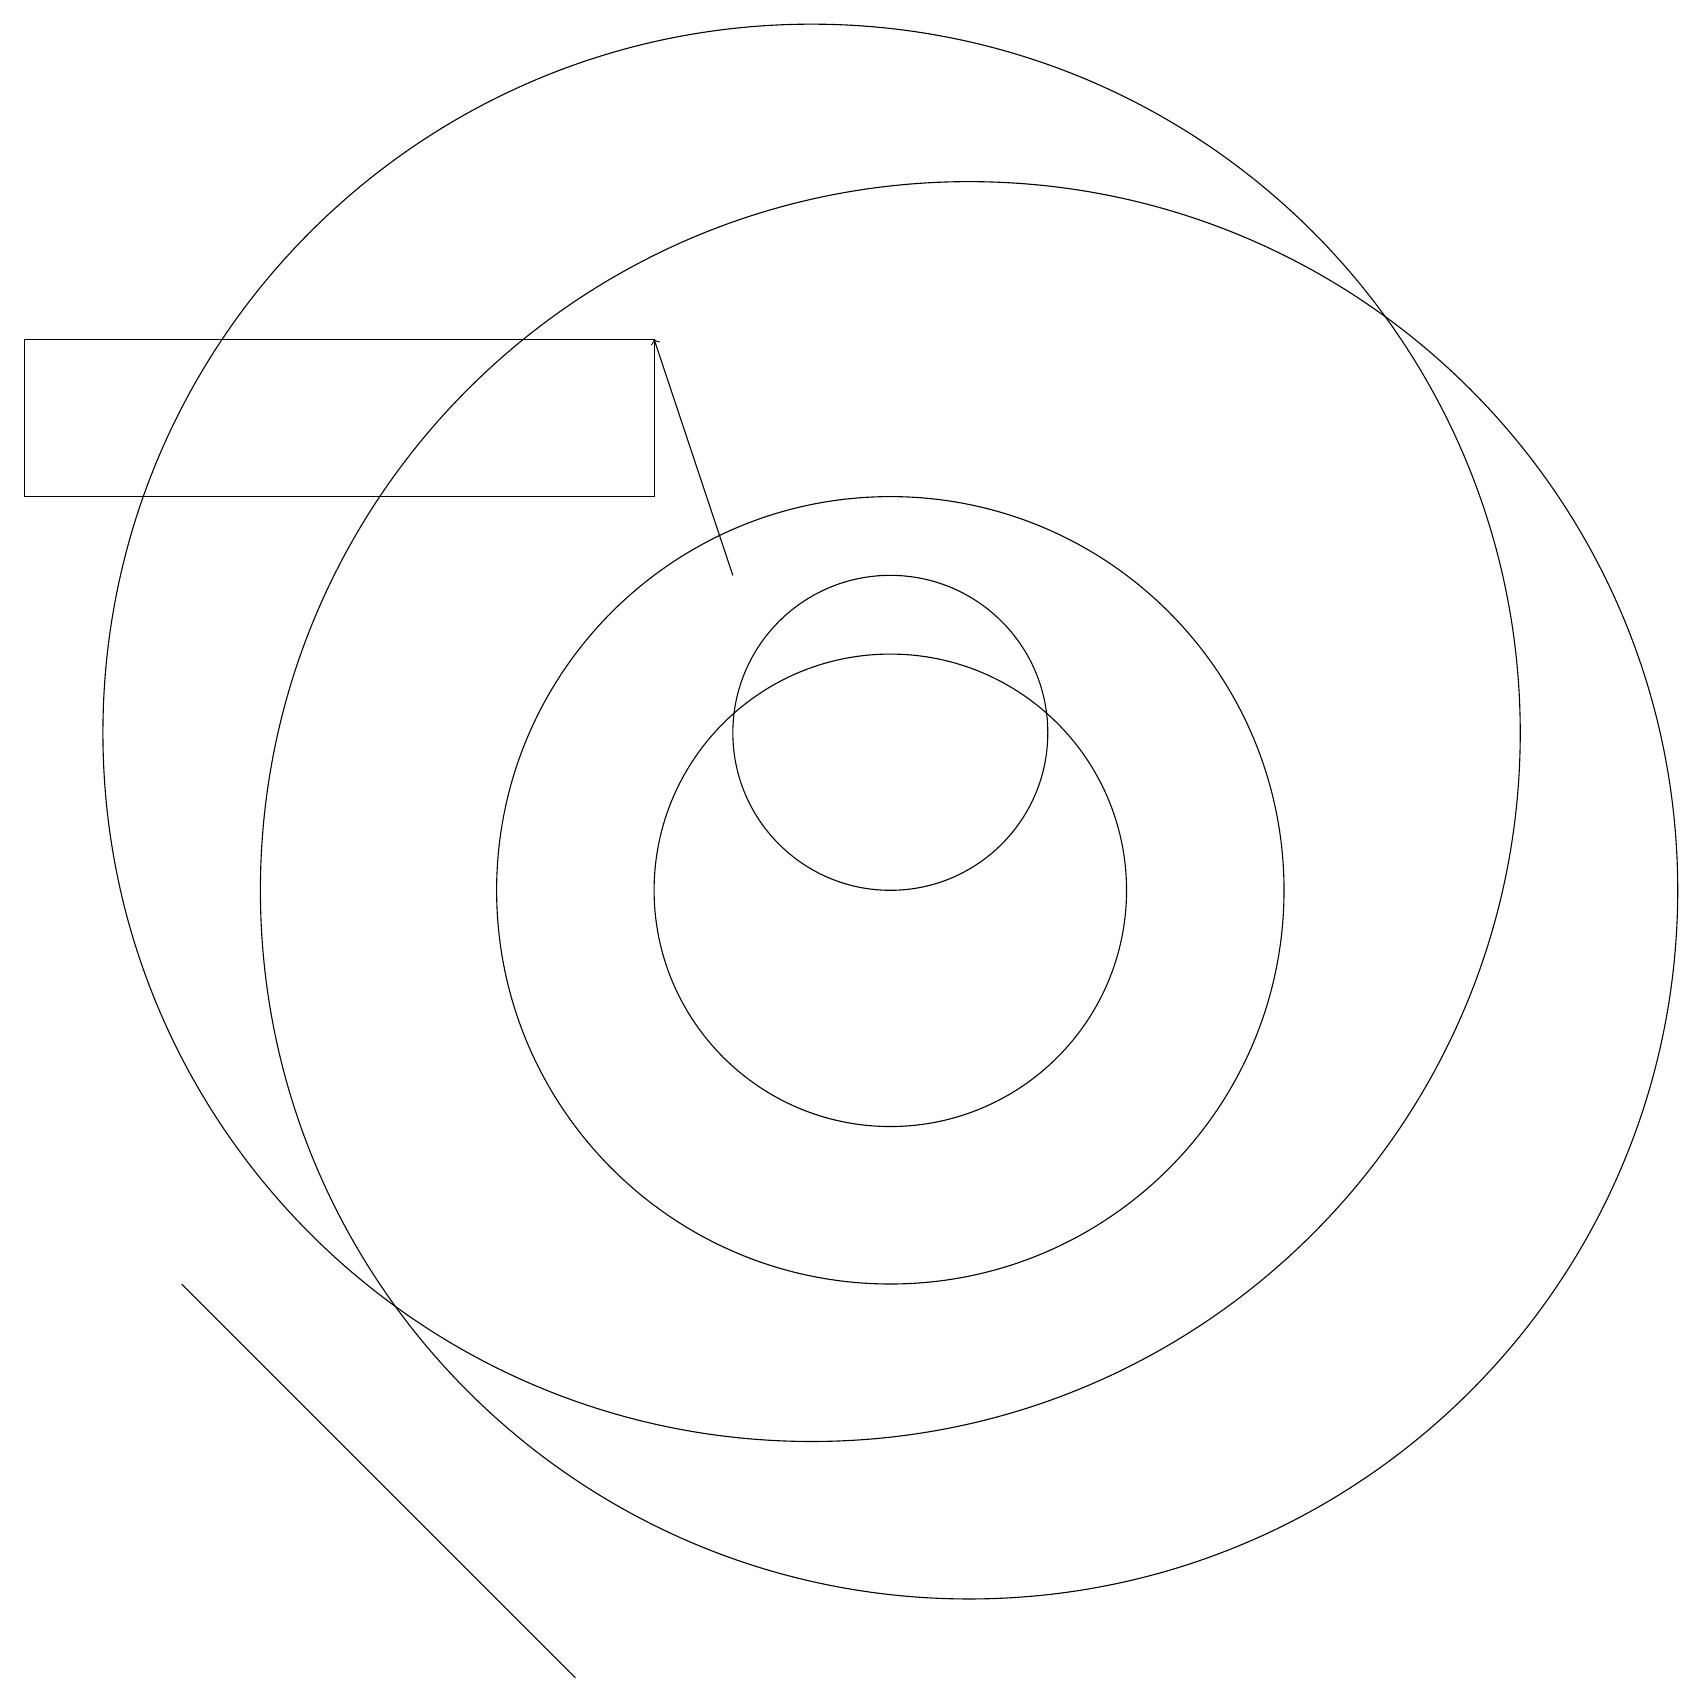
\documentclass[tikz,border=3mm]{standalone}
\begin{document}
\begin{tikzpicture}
\draw (7,0) -- (2,5) -- (2,5) -- cycle;
\draw (11,10) circle (5);
\draw (11,12) circle (2);
\draw (10,12) circle (9);
\draw (11,10) circle (3);
\draw (0,15) rectangle (8,17);
\draw[->] (9,14) -- (8,17);
\draw (12,10) circle (9);
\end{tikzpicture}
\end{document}